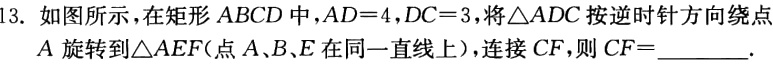
13. 如图所示，在矩形 \(ABCD\) 中，\(AD = 4\)，\(DC = 3\)，将\(\triangle ADC\) 按逆时针方向绕点 \(A\) 旋转到\(\triangle AEF\)（点 \(A\)、\(B\)、\(E\) 在同一直线上），连接 \(CF\)，则 \(CF =\)______.